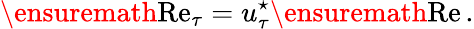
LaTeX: \ensuremath{\mathrm{Re}}_{\tau}=u_{\tau}^{\star}\ensuremath{\mathrm{Re}}{}\, .